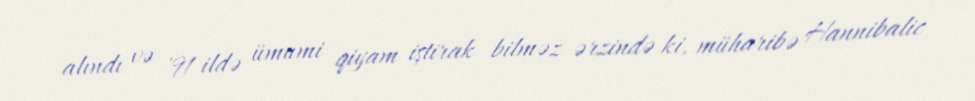
alındı və '91 ildə ümumi qiyam iştirak bilməz ərzində ki, müharibə Hannibalic